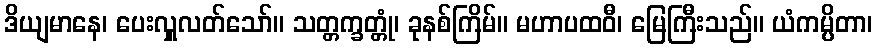
ဒိယျမာနေ၊ ပေးလှူလတ်သော်။ သတ္တက္ခတ္တုံ၊ ခုနစ်ကြိမ်။ မဟာပထဝီ၊ မြေကြီးသည်။ ယံကမ္ပိတာ၊